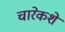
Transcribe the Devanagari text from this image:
चारेकशे